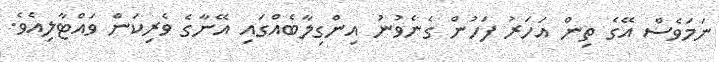
ނަމަވެސް އޭގެ ތިން އަހަރު ފަހުން ގެނެވުނު އިންގިލާބެއްގައި އޭނާގެ ވެރިކަން ވައްޓާލިއެވެ.